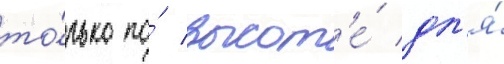
то́лько по́ высот'е́ дл'я́